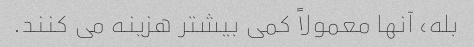
بله، آنها معمولاً کمی بیشتر هزینه می کنند.